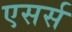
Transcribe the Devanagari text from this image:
एसर्स